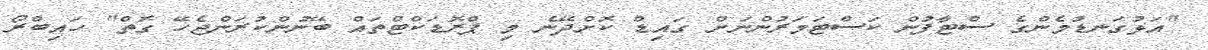
"އަޅުގަނޑުމެންގެ ސްޓާފުން ކަސްޓަމަރުންނަށް ގައިޑް ކޮށްދޭނެ މި ޕްރޮޑަކްޓްތައް ބޭނުންކުރަންޖެހޭ ގޮތް" ހައިބްރޯ